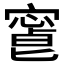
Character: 𡪥